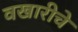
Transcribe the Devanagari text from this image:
वखारीचे